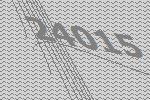
24015